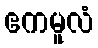
ဧကမူလံ